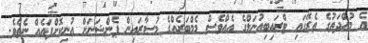
އެ މުއްދަތުގެ ތެރޭގައި ޓްރައިބިއުނަލްގެ އެއްވެސް މެމްބަރެއްގެ މުސާރައިން ޕެންޝަނަށް އުނިކޮށްފައެއް ނެތެވެ.